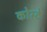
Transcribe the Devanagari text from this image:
कोस्टे